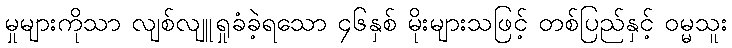
မှုများကိုသာ လျစ်လျူရှုခံခဲ့ရသော ၄၆နှစ် မိုးများသဖြင့် တစ်ပြည်နှင့် ဝမ္မသူး